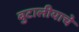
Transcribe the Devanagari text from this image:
बुटालीयाचे